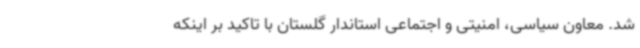
شد. معاون سیاسی، امنیتی و اجتماعی استاندار گلستان با تاکید بر اینکه